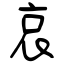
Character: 哀